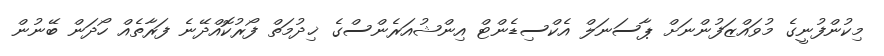
މިކުންފުނީގެ މުވައްޒަފުންނަށް ޕާސަނަލް އެކްސިޑެންޓް އިންޝުއަރެންސްގެ ޚިދުމަތް ފޯރުކޮއްދޭނެ ފަރާތެއް ހޯދަން ބޭނުން